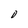
Character: 0